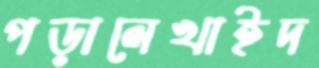
পড়ালেখাইদ